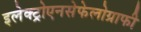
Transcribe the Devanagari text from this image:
इलेक्ट्रोएनसेफेलोग्राफी